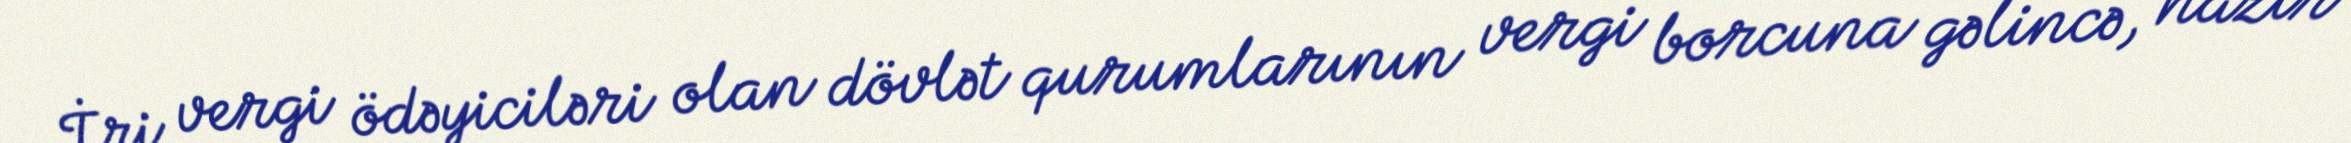
İri vergi ödəyiciləri olan dövlət qurumlarının vergi borcuna gəlincə, nazir